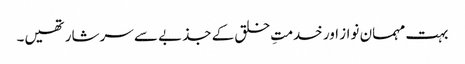
بہت مہمان نواز اور خدمتِ خلق کے جذبے سے سرشار تھیں۔